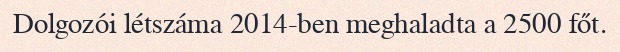
Dolgozói létszáma 2014-ben meghaladta a 2500 főt.